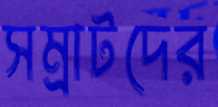
সম্রাটদের